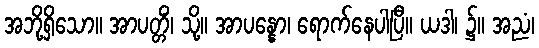
အဘို့ရှိသော။ အာပတ္တိံ၊ သို့။ အာပန္နော၊ ရောက်နေပါပြီ။ ယဒါ၊ ၌။ အညံ၊